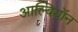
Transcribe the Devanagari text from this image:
आल्बियॉन